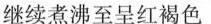
继续煮沸至呈红褐色